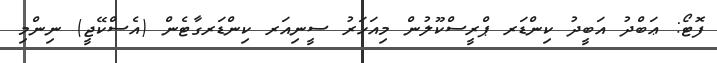
ފޮޓޯ: ޢަބްދު އަބީދު ކިންޑަރ ޕްރީސްކޫލުން މިއަހަރު ސީނިއަރ ކިންޑަރގާޓެން (އެސްކޭޖީ) ނިންމި